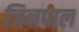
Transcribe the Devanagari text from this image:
जिनपाल